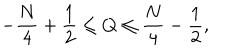
- \frac { N } { 4 } + \frac { 1 } { 2 } \leq Q \leq \frac { N } { 4 } - \frac { 1 } { 2 } ,